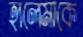
হালেমাকে